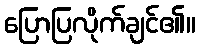
ပြောပြလိုက်ချင်၏။